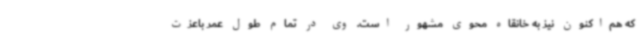
که هم‌اکنون نیز به خانقاه محوی مشهور است. وی در تمام طول عمر باعزت